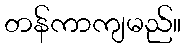
တန်ကာကျမည်။